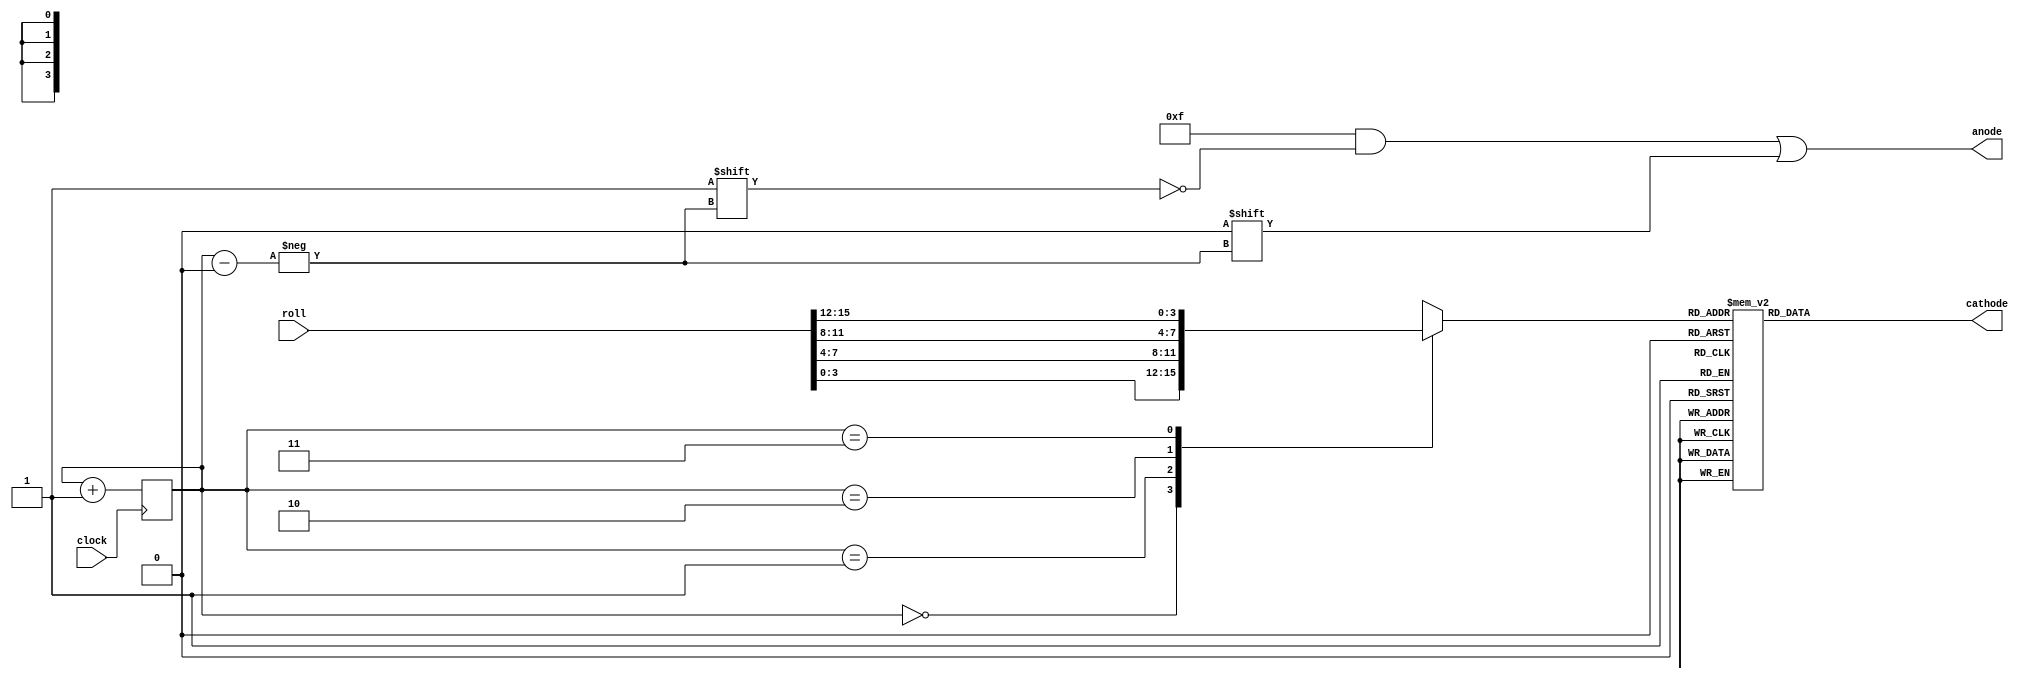
module Rolling(roll,clock,cathode,anode);
input [15:0] roll;
input clock; 
output [7:0] cathode;
output [3:0] anode;
reg[7:0] cathode;
reg [3:0] anode;
reg [1:0] i = 0;
reg [3:0] disp; 
always@ (*)
case (i)
0:  disp =  roll[3:0] ;
1:  disp =  roll[7:4] ;
2:  disp =  roll[11:8] ;
3:  disp =  roll[15:12] ;
default:disp =  roll[3:0] ;
endcase
always@ (*)
case (disp)
0:    cathode =8'b00000011;
1:    cathode =8'b10011111;
2:    cathode =8'b00100101;
3:    cathode =8'b00001101;
4:    cathode =8'b10011001;
5:    cathode =8'b01001001;
6:    cathode =8'b01000001;
7:    cathode =8'b00011111;
8:    cathode =8'b00000001;
9:    cathode =8'b00001001; 
default: cathode =8'b11111111;
endcase  
always@(*)
begin
anode=4'b1111;
anode[i]=0;
end
always@ (posedge clock)
begin
i<=i+1;
end
endmodule